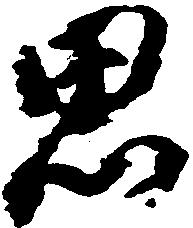
思